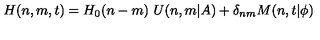
H ( n , m , t ) = H _ { 0 } ( n - m ) \ U ( n , m \vert A ) + \delta _ { n m } M ( n , t \vert \phi )